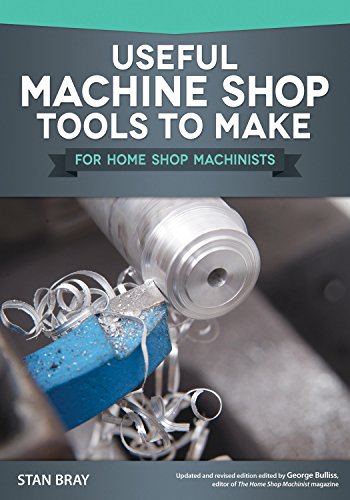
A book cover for Useful Machine Shop Tools for Home Machinists; Stan Bray; Crafts, Hobbies & Home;